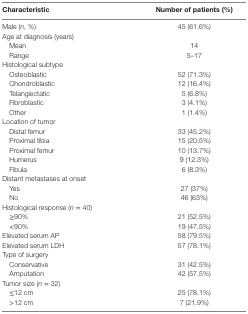
| Characteristic | Number of patients (%) |
 | --- | --- |
 | Male (n, %) | 45 (61.6%) |
 | Age at diagnosis (years) |  |
 | Mean | 14 |
 | Range | 5–17 |
 | Histological subtype |  |
 | Osteoblastic | 52 (71.3%) |
 | Chondroblastic | 12 (16.4%) |
 | Telangiectatic | 5 (6.8%) |
 | Fibroblastic | 3 (4.1%) |
 | Other | 1 (1.4%) |
 | Location of tumor |  |
 | Distal femur | 33 (45.2%) |
 | Proximal tibia | 15 (20.5%) |
 | Proximal femur | 10 (13.7%) |
 | Humerus | 9 (12.3%) |
 | Fibula | 6 (8.3%) |
 | Distant metastases at onset |  |
 | Yes | 27 (37%) |
 | No | 46 (63%) |
 | Histological response (n = 40) |  |
 | ≥90% | 21 (52.5%) |
 | <90% | 19 (47.5%) |
 | Elevated serum AP | 58 (79.5%) |
 | Elevated serum LDH | 57 (78.1%) |
 | Type of surgery |  |
 | Conservative | 31 (42.5%) |
 | Amputation | 42 (57.5%) |
 | Tumor size (n = 32) |  |
 | ≤12 cm | 25 (78.1%) |
 | >12 cm | 7 (21.9%) |